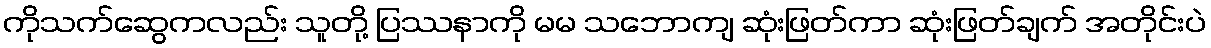
ကိုသက်ဆွေကလည်း သူတို့ ပြဿနာကို မမ သဘောကျ ဆုံးဖြတ်ကာ ဆုံးဖြတ်ချက် အတိုင်းပဲ